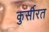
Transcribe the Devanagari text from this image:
कुर्सीरत